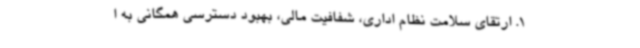
1. ارتقای سلامت نظام اداری، شفافیت مالی، بهبود دسترسی همگانی به ا